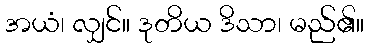
အယံ၊ လျှင်။ ဒုတိယ ဒိသာ၊ မည်၏။